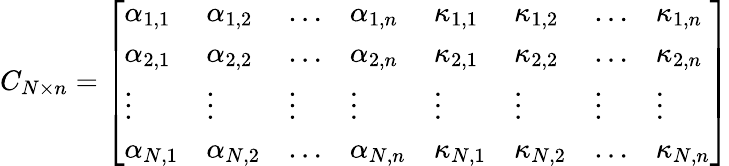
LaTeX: C_{N\times n}=\left[\begin{array}{llllllll}{\alpha_{1,1}}&{\alpha_{1,2}}&{\dots}&{\alpha_{1,n}}&{\kappa_{1,1}}&{\kappa_{1,2}}&{\dots}&{\kappa_{1,n}}\\ {\alpha_{2,1}}&{\alpha_{2,2}}&{\dots}&{\alpha_{2,n}}&{\kappa_{2,1}}&{\kappa_{2,2}}&{\dots}&{\kappa_{2,n}}\\ {\vdots}&{\vdots}&{\vdots}&{\vdots}&{\vdots}&{\vdots}&{\vdots}&{\vdots}\\ {\alpha_{N,1}}&{\alpha_{N,2}}&{\dots}&{\alpha_{N,n}}&{\kappa_{N,1}}&{\kappa_{N,2}}&{\dots}&{\kappa_{N,n}}\end{array}\right]